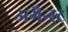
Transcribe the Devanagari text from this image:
अगैन्स्ट